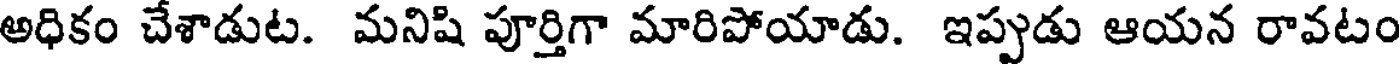
అధికం చేశాడుట. మనిషి పూర్తిగా మారిపోయాడు. ఇప్పుడు ఆయన రావటం